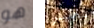
هو بخير